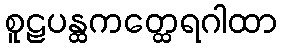
စူဠပန္ထကတ္ထေရဂါထာ